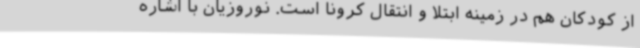
از کودکان هم در زمینه ابتلا و انتقال کرونا است. نوروزیان با اشاره